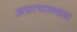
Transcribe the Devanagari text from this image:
अप्रत्यान्वय